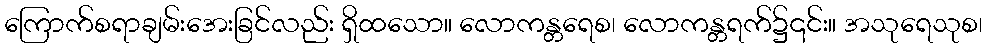
ကြောက်စရာချမ်းအေးခြင်လည်း ရှိထသော။ လောကန္တရေစ၊ လောကန္တရက်၌၎င်း။ အသုရေသုစ၊